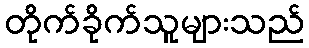
တိုက်ခိုက်သူများသည်